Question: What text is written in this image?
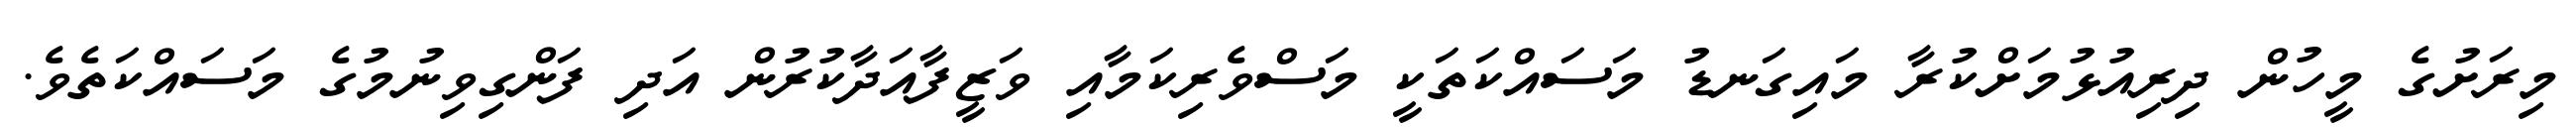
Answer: މިރަށުގެ މީހުން ދިރިއުޅުމަށްކުރާ މައިގަނޑު މަސައްކަތަކީ މަސްވެރިކަމާއި ވަޒީފާއަދާކުރުން އަދި ފަންގިވިނުމުގެ މަސައްކަތެވެ.